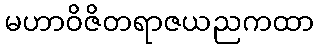
မဟာဝိဇိတရာဇယညကထာ